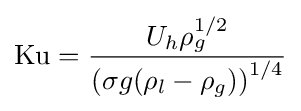
\mathrm {Ku} ={\frac {U_{h}\rho _{g}^{1/2}}{\left({\sigma g(\rho _{l}-\rho _{g})}\right)^{1/4}}}